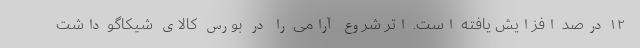
۱۲ درصد افزایش یافته است. اتر شروع آرامی را در بورس کالای شیکاگو داشت